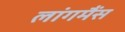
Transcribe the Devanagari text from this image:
लांगमैंस